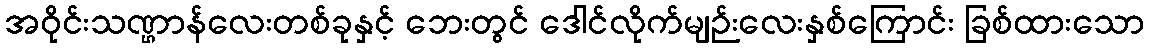
အဝိုင်းသဏ္ဌာန်လေးတစ်ခုနှင့် ဘေးတွင် ဒေါင်လိုက်မျဉ်းလေးနှစ်ကြောင်း ခြစ်ထားသော